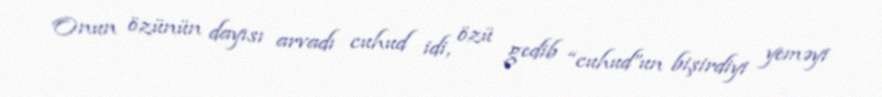
Onun özünün dayısı arvadı cuhud idi, özü gedib “cuhud”un bişirdiyi yeməyi